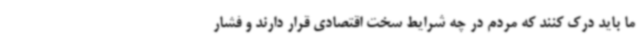
ما باید درک کنند که مردم در چه شرایط سخت اقتصادی قرار دارند و فشار